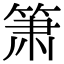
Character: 箫